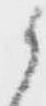
候